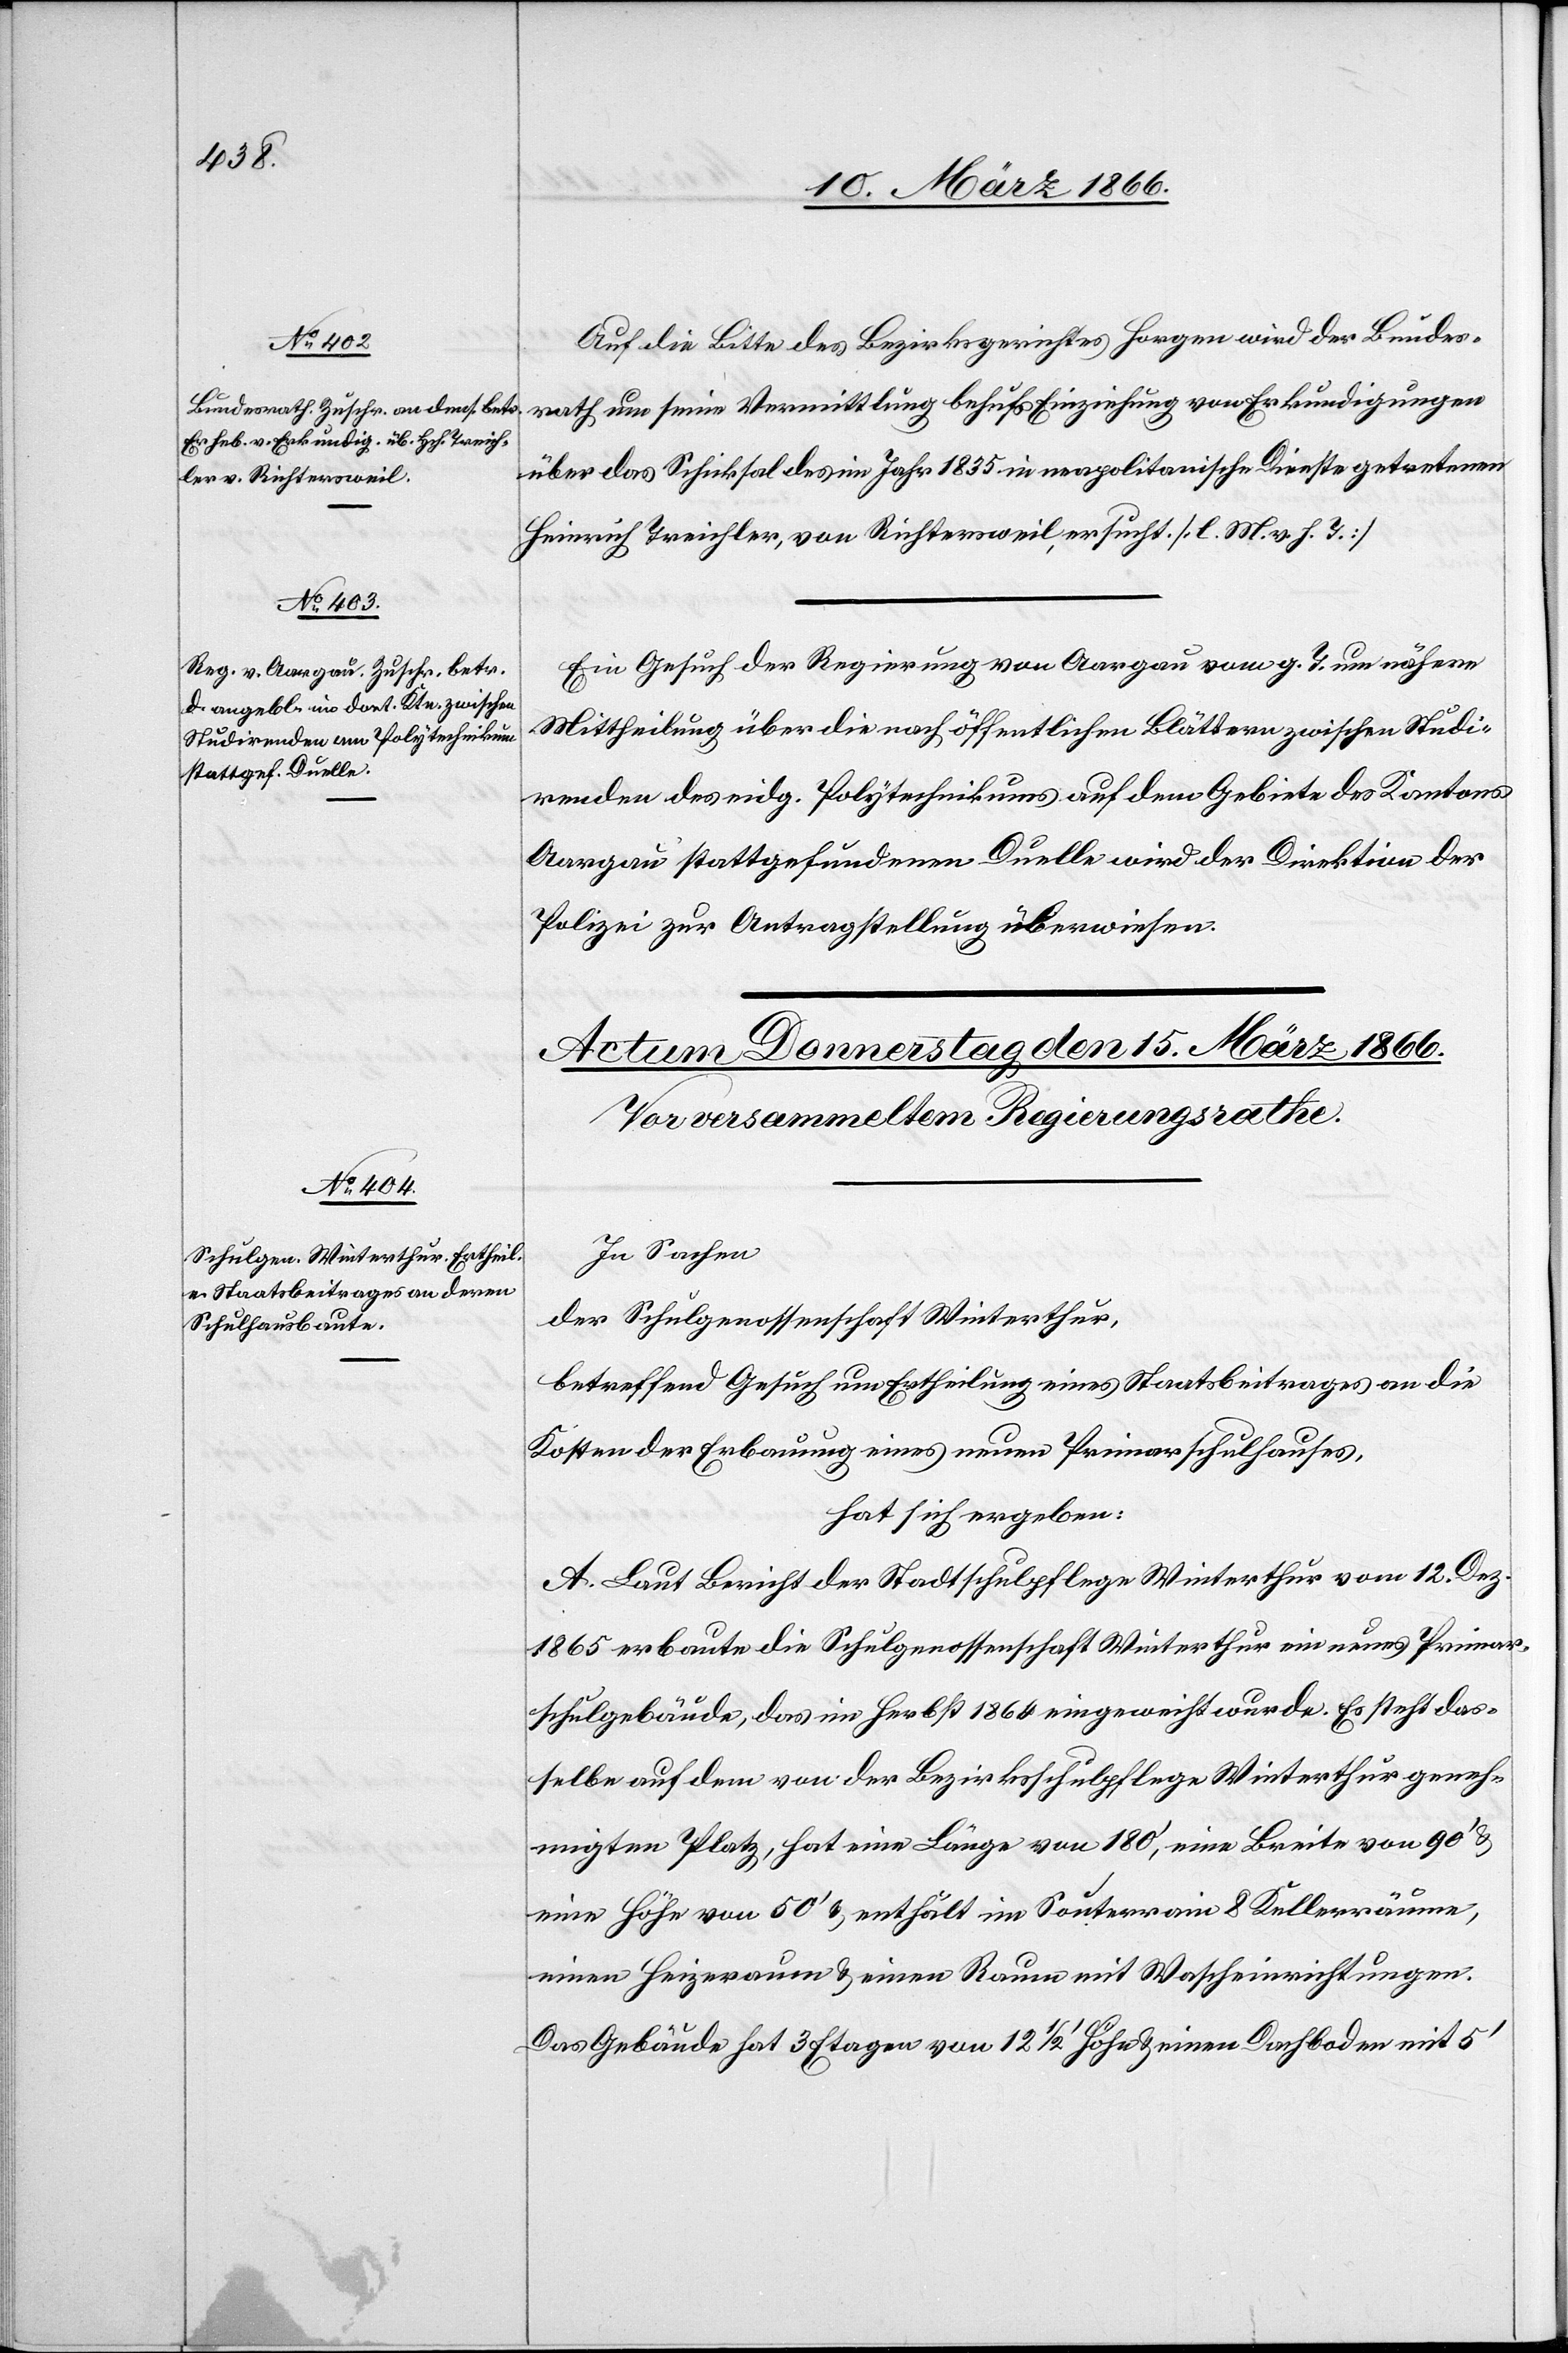
13. März 1866.]
Auf die Bitte des Bezirksgerichtes Horgen wird der Bundes¬
rath um seine Vermittlung behufs Einziehung von Erkundigungen
über das Schicksal des im Jahr 1835 in neapolitanische Dienste getretenen
Heinrich Treichler, von Richtersweil, ersucht [l. M. v. h. T.]
Ein Gesuch der Regierung von Aargau vom g. T. um nähere
Mittheilung über die nach öffentlichen Blättern zwischen Studi¬
renden des eidg. Polytechnikums auf dem Gebiete des Kantons
Aargau stattgefundenen Duelle wird der Direktion der
Polizei zur Antragstellung überwiesen.
In Sachen
der Schulgenossenschaft Winterthur,
betreffend Gesuch um Ertheilung eines Staatsbeitrages an die
Kosten der Erbauung eines Primarschulhauses,
hat sich ergeben:
A Laut Bericht der Stadtschulpflege Winterthur vom 12. Dez.
1865 erbaute die Schulgenossenschaft Winterthur ein neues Primar¬
schulgebäude, das im Herbst 1864 eingeweiht wurde. Es steht das¬
selbe auf dem von der Bezirksschulpflege Winterthur geneh¬
migten Platz, hat eine Länge von 180‘, eine Breite von 90‘ u.
eine Höhe von 50‘ u. enthält im Souterrain u. Kellerräume,
einen Heizeraum [sic!] u. einen Raum mit Wascheinrichtungen.
Das Gebäude hat 3 Etagen von 12 1/2‘ Höhe u. einen Dachboden mit 5‘